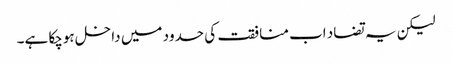
لیکن یہ تضاد اب منافقت کی حدود میں داخل ہوچکا ہے۔